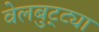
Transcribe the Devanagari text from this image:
वेलबुट्ट्या